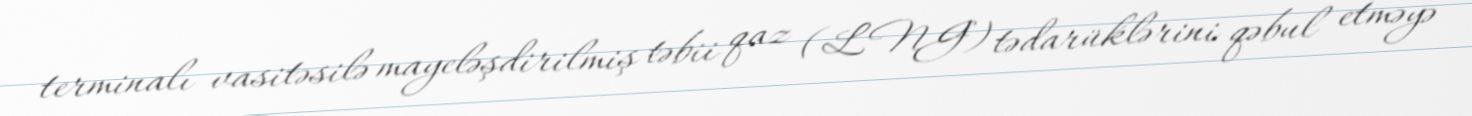
terminalı vasitəsilə mayeləşdirilmiş təbii qaz (LNG) tədarüklərini qəbul etməyə